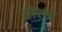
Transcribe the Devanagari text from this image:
ओस्सा